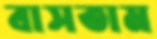
বাসতাম